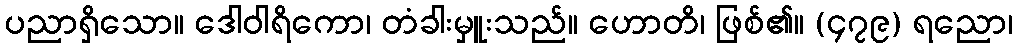
ပညာရှိသော။ ဒေါဝါရိကော၊ တံခါးမှူးသည်။ ဟောတိ၊ ဖြစ်၏။ (၄၇၉) ရညော၊